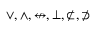
\vee , \wedge , \nleftrightarrow , \bot , \not \subset , \not \supset